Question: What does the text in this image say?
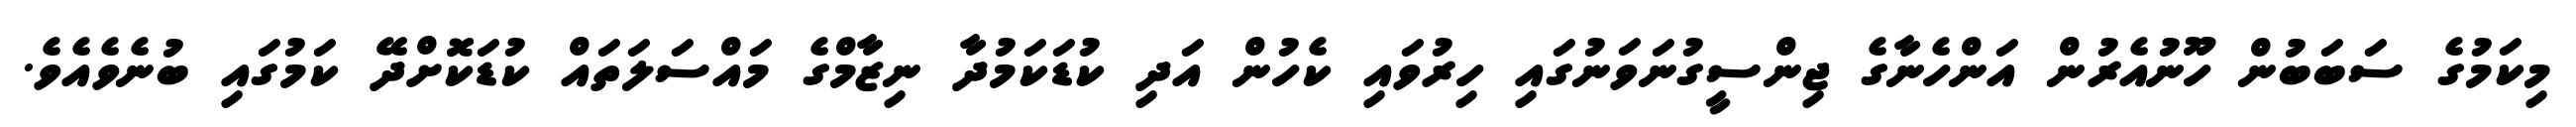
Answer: މިކަމުގެ ސަބަބުން ހޫނުއެރުން އަންހެނާގެ ޖިންސީގުނަވަނުގައި ހިރުވައި ކެހުން އަދި ކުޑަކަމުދާ ނިޒާމްގެ މައްސަލަތައް ކުޑަކޮށްދޭ ކަމުގައި ބުނެވެއެވެ.